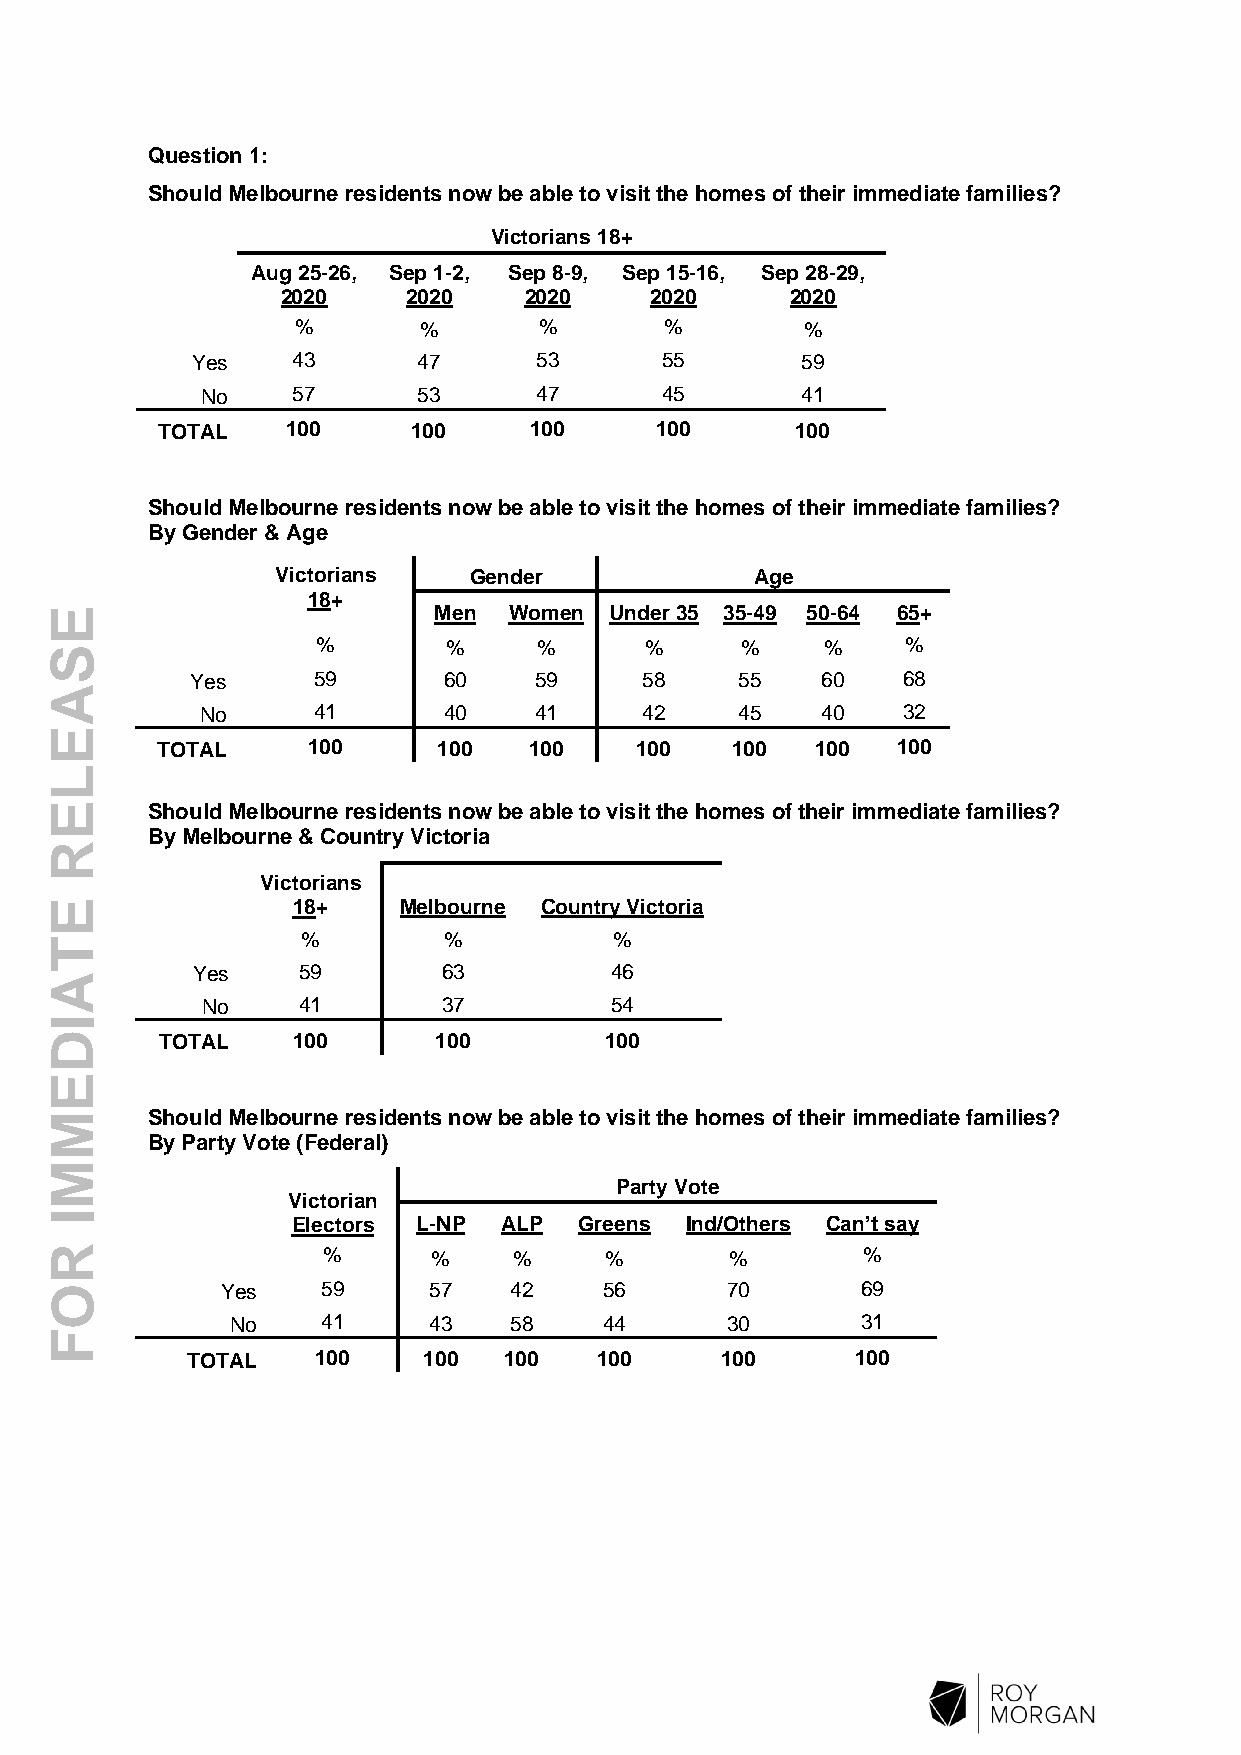
Question 1:
 Should Melbourne residents now be able to visit the homes of their immediate families?
 Victorians 18+
 Aug 25-26, Sep 1-2, Sep 8-9, Sep 15-16, Sep 28-29,
 2020    2020    2020    2020     2020
 %       %       %       %        %
 Yes   43       47     53       55       59
 No    57       53     47       45       41
 TOTAL    100     100     100     100       100
 Should Melbourne residents now be able to visit the homes of their immediate families?
 By Gender & Age
 Victorians   Gender             Age
 18+
 E                         Men  Women Under 35 35-49 50-64 65+
 %        %     %      %     %     %    %
 S
 Yes     59      60    59     58     55   60    68
 A
 No      41      40    41     42     45   40    32
 E
 TOTAL     100      100   100    100   100   100  100
 L
 E      Should Melbourne residents now be able to visit the homes of their immediate families?
 By Melbourne & Country Victoria
 R
 Victorians
 E               18+    Melbourne Country Victoria
 T                %        %           %
 Yes    59       63         46
 A
 No     41       37         54
 I
 D       TOTAL   100       100        100
 E
 M      Should Melbourne residents now be able to visit the homes of their immediate families?
 By Party Vote (Federal)
 M
 Party Vote
 Victorian
 I               Electors L-NP ALP  Greens Ind/Others Can’t say
 R                 %       %    %     %       %        %
 O           Yes   59     57    42    56      70       69
 No    41     43    58    44      30       31
 F
 TOTAL    100    100  100   100      100      100